Annual vaccination report of Bihar and Orissa - 1911-1928
Year: 1911
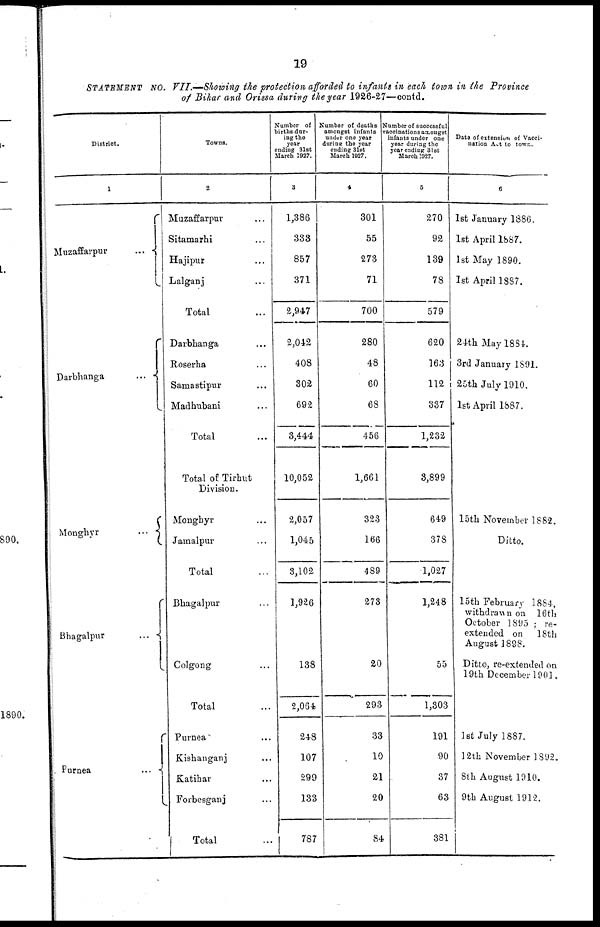
19
STATEMENT No. VII.—Showing the protection afforded to infants in each town in the Province
of Bihar and Orissa during the year 1926-27—contd.
District.
1
Muzaffarpur
...
Darbhanga
...
Monghyr ...
Bhagalpur
...
Purnea
...
Towns.
2
Muzaffarpur ...
Sitamarhi ...
Hajipur ...
Lalganj ...
Total ...
Darbhanga ...
Roserha ...
Samastipur ...
Madhubani ...
Total ...
Total of Tirhut
Division.
Monghyr ...
Jamalpur ...
Total ...
Bhagalpur ...
Colgong ...
Total ...
Purnea ...
Kishanganj ...
Katihar ...
Forbesganj
Total ...
Number of
births dur-
ing the
year
ending 31st
March 1927.
3
1,386
333
857
371
2,947
2,042
408
302
692
3,444
10,052
2,057
1,045
3,102
1,926
138
2,064
248
107
299
133
787
Number of deaths
amongst infants
under one year
during the year
ending 31st
March 1927.
4
301
55
273
71
700
280
48
60
68
456
1,661
323
166
489
273
20
293
33
10
21
20
84
Number of successful
vaccinations amongst
infants under one
year during the
year ending 31st
March 1927.
5
270
92
139
78
579
620
163
112
337
1,232
3,899
649
378
1,027
1,248
55
1,303
191
90
37
63
381
Date of extension of Vacci-
nation Act to town.
6
1st January 1886.
1st April 1887.
1st May 1890.
1st April 1887.
24th May 1884.
3rd January 1891.
25th July 1910.
1st April 1887.
15th November 1882.
Ditto.
15th February 1884,
withdrawn on 16th
October 1895 ; re-
extended on 18th
August 1898.
Ditto, re-extended on
19th December 1901.
1st July 1887.
12th November 1892.
8th August 1910.
9th August 1912.